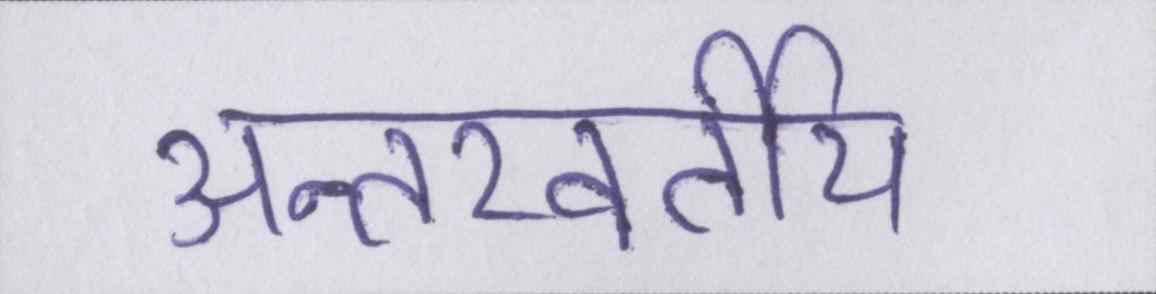
अन्तरवर्तीय